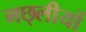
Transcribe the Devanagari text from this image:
मछ्लीयों